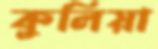
কুলিয়া